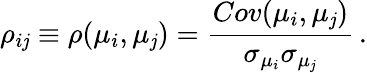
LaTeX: \rho_{i\mathit{j}}\equiv\rho(\mu_{i},\mu_{\mathit{j}})=\frac{{Cov(\mu_{i},\mu_{\mathit{j}})}}{{\sigma_{\mu_{i}}\sigma_{\mu_{\mathit{j}}}}}\, .